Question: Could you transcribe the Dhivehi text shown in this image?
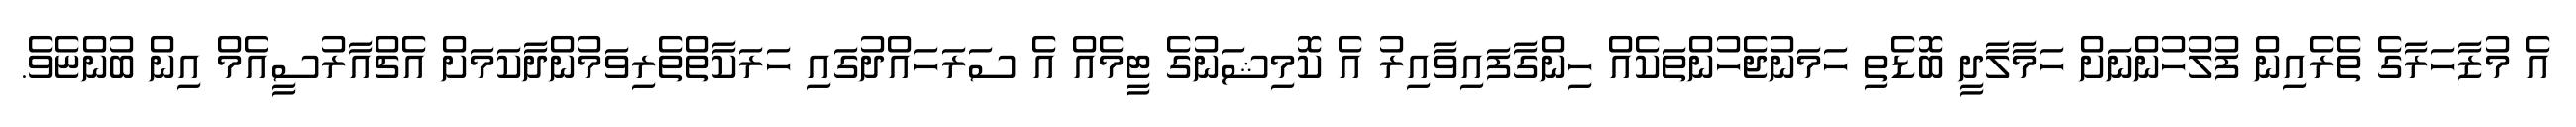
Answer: އެ މުޒާހަރާގެ ތެރެއިން ފުލުހުންނަށް ހަމާލާދީ ބޮޑެތި ހަމަނުޖެހުންތަކެއް ހިންގާފައިވާއިރު އެ ކޮމިޝަނުގެ ޓީމެއް އެ ސަރަހައްދުގައި ހަރަކާތްތެރިވަމުންދާކަމަށް އެޗްއާރުސީއެމް އިން ބުންޏެވެ.